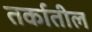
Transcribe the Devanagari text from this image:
तर्कातील